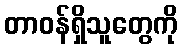
တာဝန်ရှိသူတွေကို